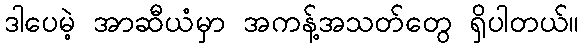
ဒါပေမဲ့ အာဆီယံမှာ အကန့်အသတ်တွေ ရှိပါတယ်။